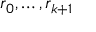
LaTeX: r _ { 0 } , \ldots , r _ { k + 1 }